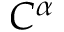
C ^ { \alpha }